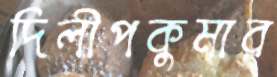
দিলীপকুমার